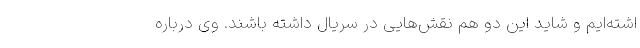
اشته‌ایم و شاید این دو هم نقش‌هایی در سریال داشته باشند. وی درباره